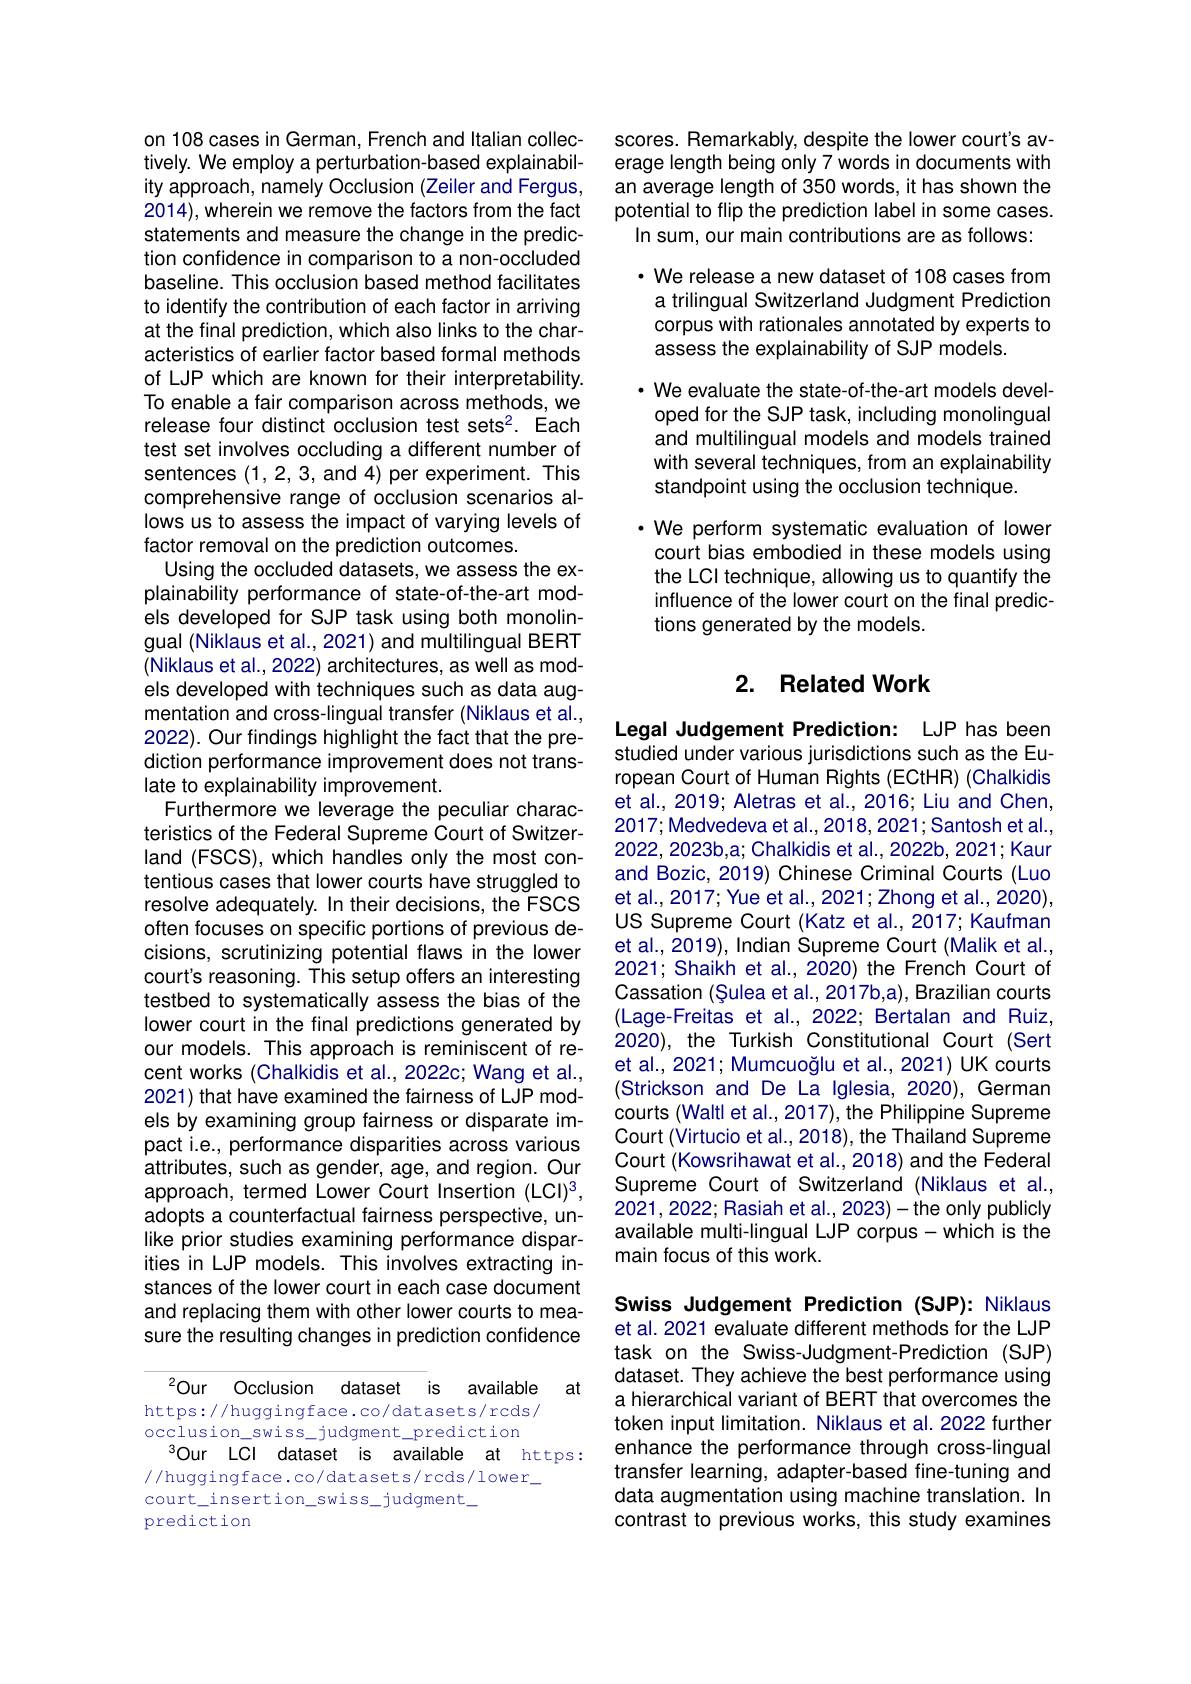
on 108 cases in German, French and Italian collectively. We employ a perturbation-based explainability approach, namely Occlusion (Zeiler and Fergus, 2014), wherein we remove the factors from the fact statements and measure the change in the prediction confidence in comparison to a non-occluded baseline. This occlusion based method facilitates to identify the contribution of each factor in arriving at the final prediction, which also links to the characteristics of earlier factor based formal methods of LJP which are known for their interpretability. To enable a fair comparison across methods, we release four distinct occlusion test sets$^2.$ Each test set involves occluding a different number of sentences (1,2,3,and 4) per experiment. This comprehensive range of occlusion scenarios allows us to assess the impact of varying levels of factor removal on the prediction outcomes.
Using the occluded datasets, we assess the explainability performance of state-of-the-art models developed for SJP task using both monolingual (Niklaus et al., 2021) and multilingual BERT (Niklaus et al., 2022) architectures, as well as models developed with techniques such as data augmentation and cross-lingual transfer (Niklaus et al., 2022). Our findings highlight the fact that the prediction performance improvement does not translate to explainability improvement.
Furthermore we leverage the peculiar characteristics of the Federal Supreme Court of Switzerland (FSCS), which handles only the most contentious cases that lower courts have struggled to resolve adequately. In their decisions, the FSCS often focuses on specific portions of previous decisions, scrutinizing potential flaws in the lower court's reasoning. This setup offers an interesting testbed to systematically assess the bias of the lower court in the final predictions generated by our models. This approach is reminiscent of recent works (Chalkidis et al., 2022c; Wang et al., 2021) that have examined the fairness of LJP models by examining group fairness or disparate impact i.e., performance disparities across various attributes, such as gender, age, and region. Our approach, termed Lower Court Insertion (LCl)3, adopts a counterfactual fairness perspective, unlike prior studies examining performance disparities in LJP models. This involves extracting instances of the lower court in each case document and replacing them with other lower courts to measure the resulting changes in prediction confidence

$^{2}$Our Occlusion dataset is available at
https://huggingface.co/datasets/rcds/ occlusion\_swiss\_judgment\_prediction
$^3$Our LCI dataset is available at https:
/ / huggingface. co/ datasets/ rcds/ lower\_
court\_insertion\_swiss\_judgment\_
prediction

scores. Remarkably, despite the lower court's average length being only 7 words in documents with an average length of 350 words, it has shown the potential to flip the prediction label in some cases
In sum, our main contributions are as follows:

· We release a new dataset of 108 cases from a trilingual Switzerland Judgment Prediction corpus with rationales annotated by experts to assess the explainability of SJP models.
· We evaluate the state-of-the-art models developed for the SJP task, including monolingual and multilingual models and models trained with several techniques, from an explainability standpoint using the occlusion technique.
·We perform systematic evaluation of lower court bias embodied in these models using the LCI technique, allowing us to quantify the influence of the lower court on the final predictions generated by the models.

## 2. Related Work

Legal Judgement Prediction: LJP has been studied under various jurisdictions such as the European Court of Human Rights (ECtHR) (Chalkidis et al., 2019; Aletras et al., 2016; Liu and Chen, 2017; Medvedeva et al., 2018, 2021; Santosh et al., 2022,2023b,a; Chalkidis et al., 2022b, 2021; Kaur and Bozic, 2019) Chinese Criminal Courts (Luo et al., 2017; Yue et al., 2021; Zhong et al., 2020), US Supreme Court (Katz et al., 2017; Kaufman et al., 2019), Indian Supreme Court (Malik et al., 2021; Shaikh et al., 2020) the French Court of Cassation (Șulea et al., 2017b,a), Brazilian courts (Lage-Freitas et al., 2022; Bertalan and Ruiz, 2020), the Turkish Constitutional Court (Sert et al., 2021; Mumcuoğlu et al., 2021) UK courts (Strickson and De La Iglesia, 2020), German courts (Waltl et al., 2017), the Philippine Supreme Court (Virtucio et al., 2018), the Thailand Supreme Court (Kowsrihawat et al., 2018) and the Federal Supreme Court of Switzerland (Niklaus et al., 2021,2022; Rasiah et al., 2023)- the only publicly available multi-lingual LJP corpus-which is the main focus of this work

Swiss Judgement Prediction (SJP): Niklaus et al. 2021 evaluate different methods for the LJP task on the Swiss-Judgment-Prediction (SJP) dataset. They achieve the best performance using a hierarchical variant of BERT that overcomes the token input limitation. Niklaus et al. 2022 further enhance the performance through cross-lingual transfer learning, adapter-based fine-tuning and data augmentation using machine translation. In contrast to previous works, this study examines